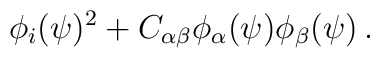
\phi_i(\psi)^2 + C_{\alpha \beta} \phi_\alpha (\psi) \phi_\beta(\psi) \,.